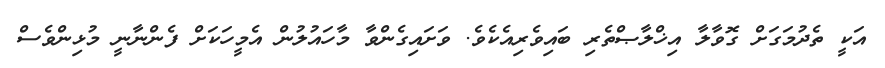
އަކީ ތެދުމަގަށް ގޮވާލާ އިޚްލާޞްތެރި ބައިވެރިއެކެވެ. ވަށައިގެންވާ މާހައުލުން އެމީހަކަށް ފެންނާނީ މުޅިންވެސް